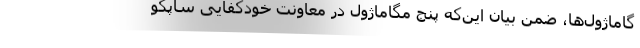
گاماژول‌ها، ضمن بیان این‌که پنج مگاماژول در معاونت خودکفایی ساپکو